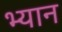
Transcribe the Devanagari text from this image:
भ्यान